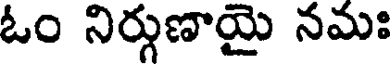
ఓం నిర్గుణాయై నమః